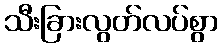
သီးခြားလွတ်လပ်စွာ